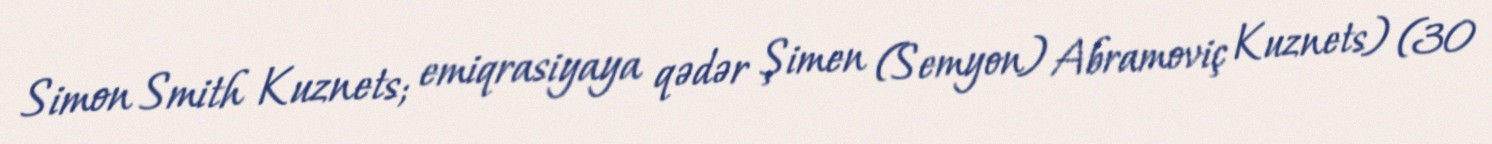
Simon Smith Kuznets; emiqrasiyaya qədər Şimen (Semyon) Abramoviç Kuznets) (30